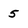
Character: 5